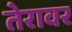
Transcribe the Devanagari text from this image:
तेरावर